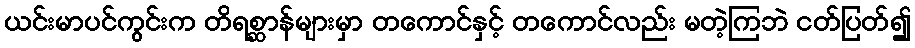
ယင်းမာပင်ကွင်းက တိရစ္ဆာန်များမှာ တကောင်နှင့် တကောင်လည်း မတဲ့ကြဘဲ ငတ်ပြတ်၍